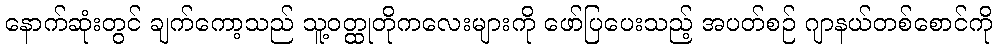
နောက်ဆုံးတွင် ချက်ကော့သည် သူ့ဝတ္ထုတိုကလေးများကို ဖော်ပြပေးသည့် အပတ်စဉ် ဂျာနယ်တစ်စောင်ကို